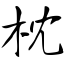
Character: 枕